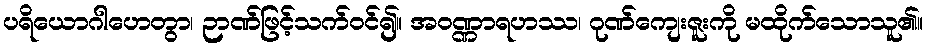
ပရိယောဂါဟေတွာ၊ ဉာဏ်ဖြင့်သက်ဝင်၍။ အဝဏ္ဏာရဟဿ၊ ဂုဏ်ကျေးဇူးကို မထိုက်သောသူ၏။